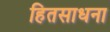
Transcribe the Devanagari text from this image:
हितसाधना